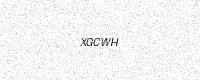
Text: XGCWH